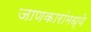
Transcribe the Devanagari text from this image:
जाणकारांमध्ये